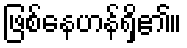
ဖြစ်နေဟန်ရှိ၏။